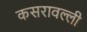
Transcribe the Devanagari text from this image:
कसरावल्ली